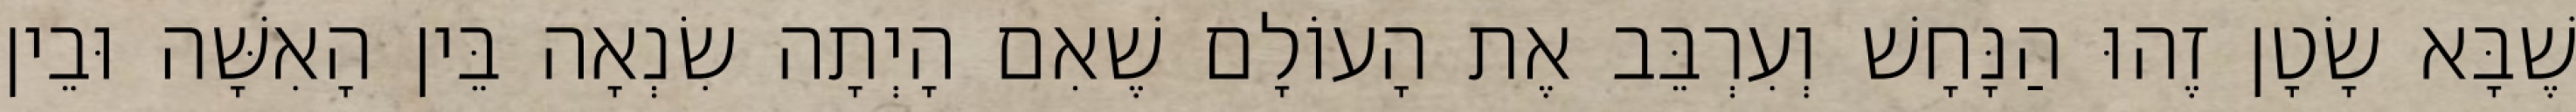
שֶׁבָּא שָׂטָן זֶהוּ הַנָּחָשׁ וְעִרְבֵּב אֶת הָעוֹלָם שֶׁאִם הָיְתָה שִׂנְאָה בֵּין הָאִשָּׁה וּבֵין